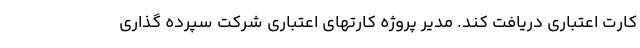
کارت اعتباری دریافت کند. مدیر پروژه کارتهای اعتباری شرکت سپرده گذاری